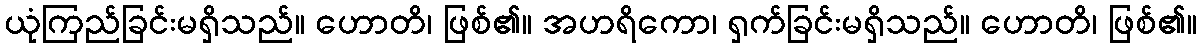
ယုံကြည်ခြင်းမရှိသည်။ ဟောတိ၊ ဖြစ်၏။ အဟရိကော၊ ရှက်ခြင်းမရှိသည်။ ဟောတိ၊ ဖြစ်၏။